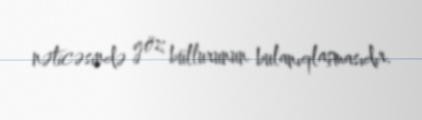
nəticəsində göz büllurunun bulanıqlaşmasıdır.